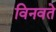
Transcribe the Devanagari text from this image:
विनवते